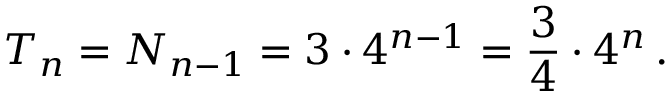
T _ { n } = N _ { n - 1 } = 3 \cdot 4 ^ { n - 1 } = { \frac { 3 } { 4 } } \cdot 4 ^ { n } \, .